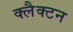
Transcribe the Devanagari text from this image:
क्लैक्टन